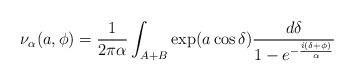
LaTeX: \begin{align*}\nu_{\alpha}(a,\phi) = {1\over {2\pi\alpha}}\int_{A+B} \exp ( a\cos \delta ) {{d\delta}\over{1-e^{-{{i(\delta +\phi)}\over\alpha}}}}\end{align*}